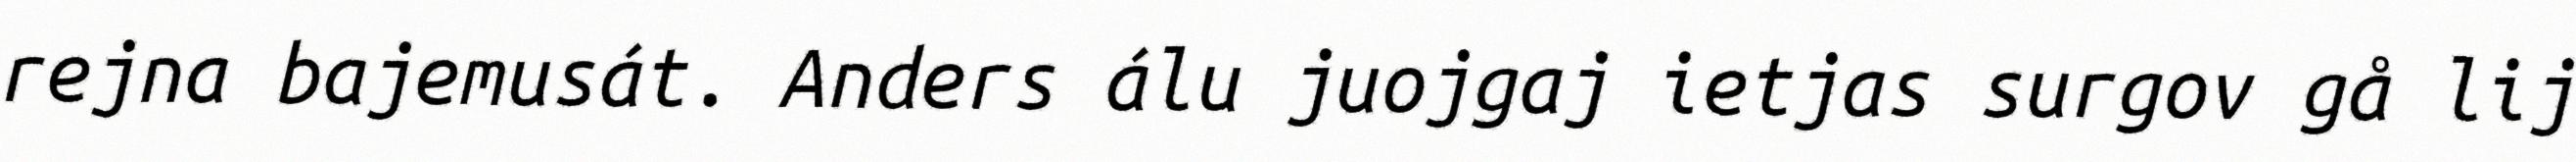
rejna bajemusát. Anders álu juojgaj ietjas surgov gå lij